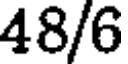
48/6